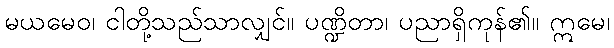
မယမေဝ၊ ငါတို့သည်သာလျှင်။ ပဏ္ဍိတာ၊ ပညာရှိကုန်၏။ ဣမေ၊